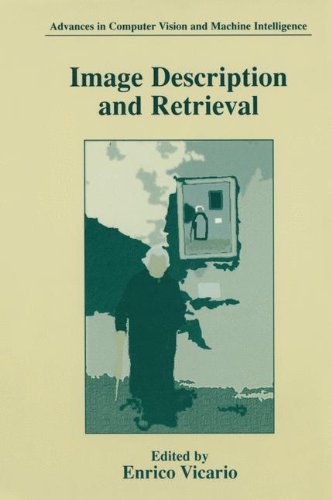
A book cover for Image Description and Retrieval (Advances in Computer Vision and Machine Intelligence); Computers & Technology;